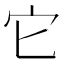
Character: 它